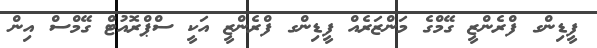
ފީޑިންގ ފްރެންޒީ ގޭމްގެ މަންޒަރެއް ފީޑިންގ ފްރެންޒީ އަކީ ސްޕްރޮއުޓް ގޭމްސް އިން